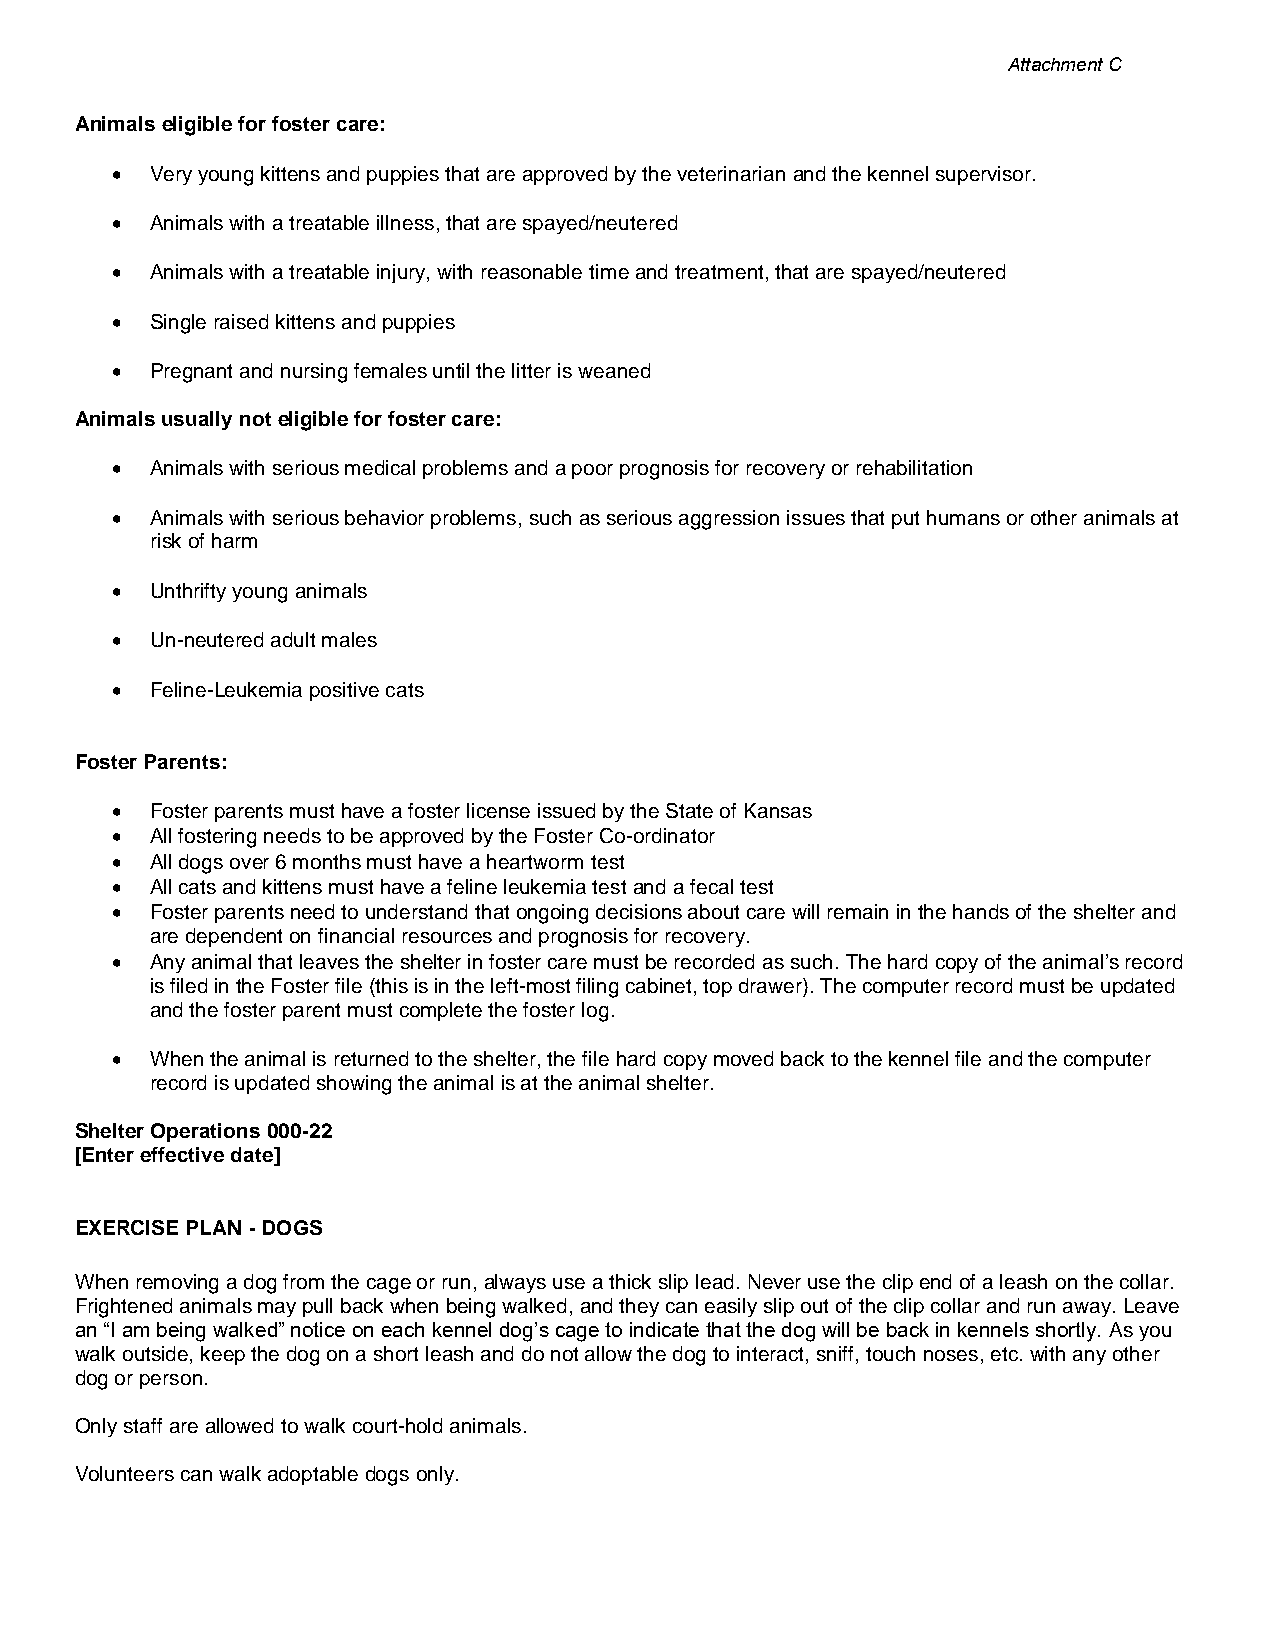
Attachment C
 Animals eligible for foster care:
 •  Very young kittens and puppies that are approved by the veterinarian and the kennel supervisor.
 •  Animals with a treatable illness, that are spayed/neutered
 •  Animals with a treatable injury, with reasonable time and treatment, that are spayed/neutered
 •  Single raised kittens and puppies
 •  Pregnant and nursing females until the litter is weaned
 Animals usually not eligible for foster care:
 •  Animals with serious medical problems and a poor prognosis for recovery or rehabilitation
 •  Animals with serious behavior problems, such as serious aggression issues that put humans or other animals at
 risk of harm
 •  Unthrifty young animals
 •  Un-neutered adult males
 •  Feline-Leukemia positive cats
 Foster Parents:
 •  Foster parents must have a foster license issued by the State of Kansas
 •  All fostering needs to be approved by the Foster Co-ordinator
 •  All dogs over 6 months must have a heartworm test
 •  All cats and kittens must have a feline leukemia test and a fecal test
 •  Foster parents need to understand that ongoing decisions about care will remain in the hands of the shelter and
 are dependent on financial resources and prognosis for recovery.
 •  Any animal that leaves the shelter in foster care must be recorded as such. The hard copy of the animal’s record
 is filed in the Foster file (this is in the left-most filing cabinet, top drawer). The computer record must be updated
 and the foster parent must complete the foster log.
 •  When the animal is returned to the shelter, the file hard copy moved back to the kennel file and the computer
 record is updated showing the animal is at the animal shelter.
 Shelter Operations 000-22
 [Enter effective date]
 EXERCISE PLAN - DOGS
 When removing a dog from the cage or run, always use a thick slip lead. Never use the clip end of a leash on the collar.
 Frightened animals may pull back when being walked, and they can easily slip out of the clip collar and run away. Leave
 an “I am being walked” notice on each kennel dog’s cage to indicate that the dog will be back in kennels shortly. As you
 walk outside, keep the dog on a short leash and do not allow the dog to interact, sniff, touch noses, etc. with any other
 dog or person.
 Only staff are allowed to walk court-hold animals.
 Volunteers can walk adoptable dogs only.